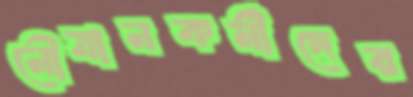
নৌযানকর্মীদের